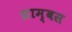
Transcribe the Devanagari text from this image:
थ्राम्बस